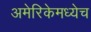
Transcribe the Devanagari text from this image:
अमेरिकेमध्येच